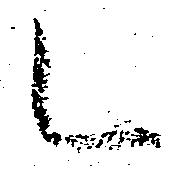
乙